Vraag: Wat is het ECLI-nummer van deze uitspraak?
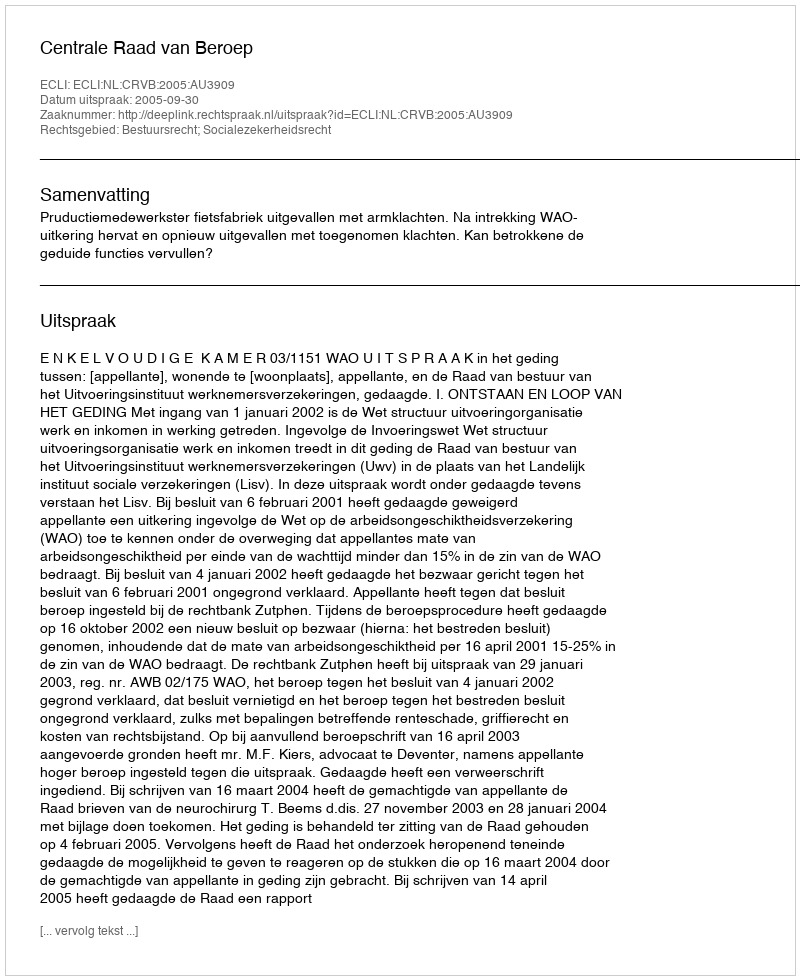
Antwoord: ECLI:NL:CRVB:2005:AU3909